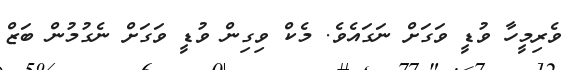
ވެރިމީހާ ވުޑީ ވަގަށް ނަގައެވެ. މެކް ވިގިން ވުޑީ ވަގަށް ނެގުމުން ބަޒް